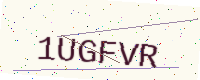
Text: 1UGFVR